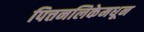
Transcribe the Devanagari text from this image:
पित्तनलिकेमधून